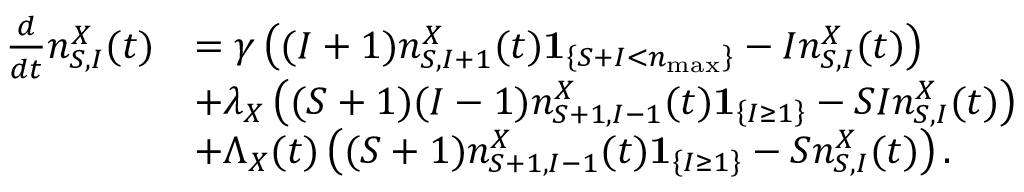
\begin{array} { r l } { \frac { d } { d t } n _ { S , I } ^ { X } ( t ) } & { = \gamma \left( ( I + 1 ) n _ { S , I + 1 } ^ { X } ( t ) \mathbf { 1 } _ { \left\{ S + I < n _ { \operatorname* { m a x } } \right\} } - I n _ { S , I } ^ { X } ( t ) \right) } \\ & { + \lambda _ { X } \left( ( S + 1 ) ( I - 1 ) n _ { S + 1 , I - 1 } ^ { X } ( t ) \mathbf { 1 } _ { \left\{ I \geq 1 \right\} } - S I n _ { S , I } ^ { X } ( t ) \right) } \\ & { + \Lambda _ { X } ( t ) \left( ( S + 1 ) n _ { S + 1 , I - 1 } ^ { X } ( t ) \mathbf { 1 } _ { \left\{ I \geq 1 \right\} } - S n _ { S , I } ^ { X } ( t ) \right) . } \end{array}